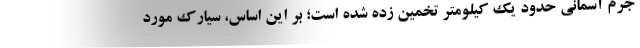
جرم آسمانی حدود یک کیلومتر تخمین زده شده است؛ بر این اساس، سیارک مورد